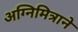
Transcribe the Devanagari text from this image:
अग्निमित्राने